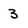
Character: 3